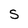
Character: S